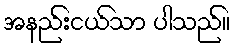
အနည်းငယ်သာ ပါသည်။